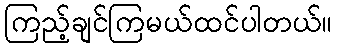
ကြည့်ချင်ကြမယ်ထင်ပါတယ်။